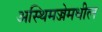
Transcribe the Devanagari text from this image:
अस्थिमज्जेमधील